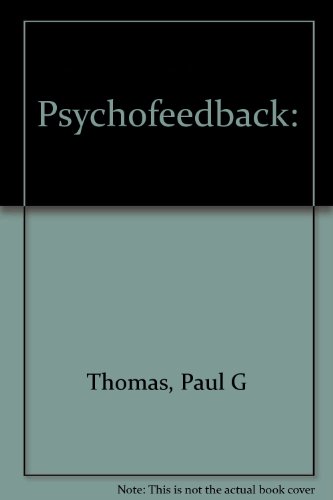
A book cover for Psychofeedback: Advanced psycho cybernetics; Paul G Thomas; Sports & Outdoors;